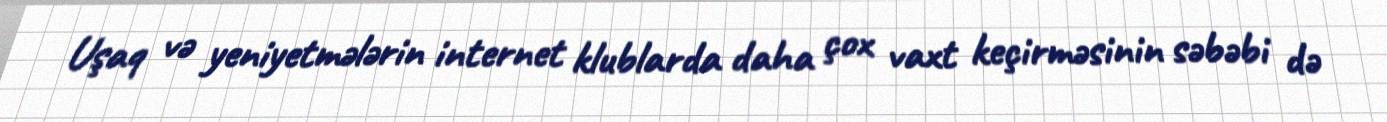
Uşaq və yeniyetmələrin internet klublarda daha çox vaxt keçirməsinin səbəbi də